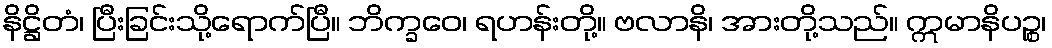
နိဋ္ဌိတံ၊ ပြီးခြင်းသို့ရောက်ပြီ။ ဘိက္ခဝေ၊ ရဟန်းတို့။ ဗလာနိ၊ အားတို့သည်။ ဣမာနိပဉ္စ၊